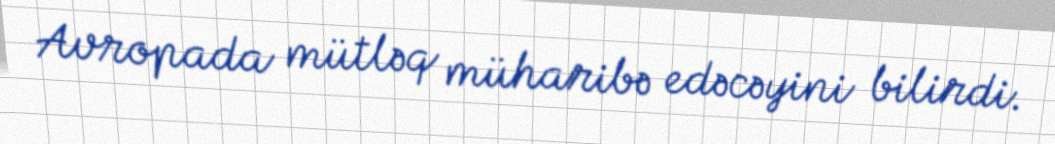
Avropada mütləq müharibə edəcəyini bilirdi.